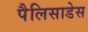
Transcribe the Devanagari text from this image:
पैलिसाडेस